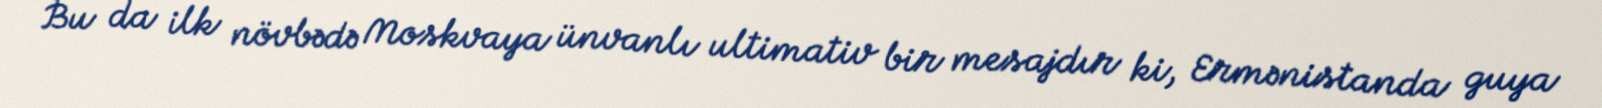
Bu da ilk növbədə Moskvaya ünvanlı ultimativ bir mesajdır ki, Ermənistanda guya